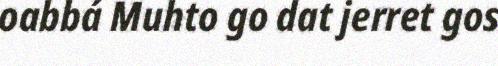
oabbá Muhto go dat jerret gos